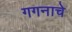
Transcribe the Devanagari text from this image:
गगनाचे